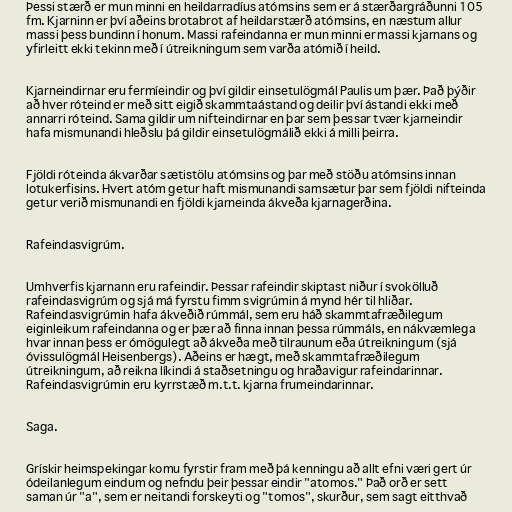
Þessi stærð er mun minni en heildarradíus atómsins sem er á stærðargráðunni 105
fm. Kjarninn er því aðeins brotabrot af heildarstærð atómsins, en næstum allur
massi þess bundinn í honum. Massi rafeindanna er mun minni er massi kjarnans og
yfirleitt ekki tekinn með í útreikningum sem varða atómið í heild.

Kjarneindirnar eru fermíeindir og því gildir einsetulögmál Paulis um þær. Það þýðir
að hver róteind er með sitt eigið skammtaástand og deilir því ástandi ekki með
annarri róteind. Sama gildir um nifteindirnar en þar sem þessar tvær kjarneindir
hafa mismunandi hleðslu þá gildir einsetulögmálið ekki á milli þeirra.

Fjöldi róteinda ákvarðar sætistölu atómsins og þar með stöðu atómsins innan
lotukerfisins. Hvert atóm getur haft mismunandi samsætur þar sem fjöldi nifteinda
getur verið mismunandi en fjöldi kjarneinda ákveða kjarnagerðina.

Rafeindasvigrúm.

Umhverfis kjarnann eru rafeindir. Þessar rafeindir skiptast niður í svokölluð
rafeindasvigrúm og sjá má fyrstu fimm svigrúmin á mynd hér til hliðar.
Rafeindasvigrúmin hafa ákveðið rúmmál, sem eru háð skammtafræðilegum
eiginleikum rafeindanna og er þær að finna innan þessa rúmmáls, en nákvæmlega
hvar innan þess er ómögulegt að ákveða með tilraunum eða útreikningum (sjá
óvissulögmál Heisenbergs). Aðeins er hægt, með skammtafræðilegum
útreikningum, að reikna líkindi á staðsetningu og hraðavigur rafeindarinnar.
Rafeindasvigrúmin eru kyrrstæð m.t.t. kjarna frumeindarinnar.

Saga.

Grískir heimspekingar komu fyrstir fram með þá kenningu að allt efni væri gert úr
ódeilanlegum eindum og nefndu þeir þessar eindir "atomos." Það orð er sett
saman úr "a", sem er neitandi forskeyti og "tomos", skurður, sem sagt eitthvað